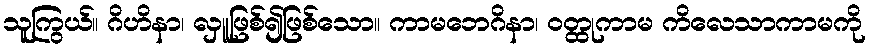
သူကြွယ်။ ဂိဟိနာ၊ လှူဖြစ်၍ဖြစ်သော။ ကာမဘေဂိနာ၊ ဝတ္ထုကာမ ကိလေသာကာမကို